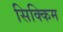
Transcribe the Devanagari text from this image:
सिक्‍िकम